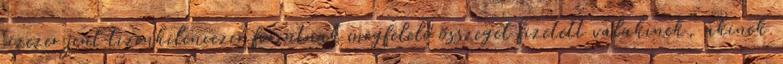
tízezer jent tizenkilencezer forintnak megfelelő összeget fizetett valakinek, akinek